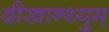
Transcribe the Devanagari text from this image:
दीखान्थ्युम्